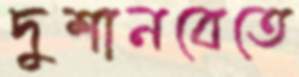
দুশানবেতে